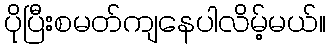
ပိုပြီးစမတ်ကျနေပါလိမ့်မယ်။